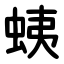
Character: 蛦